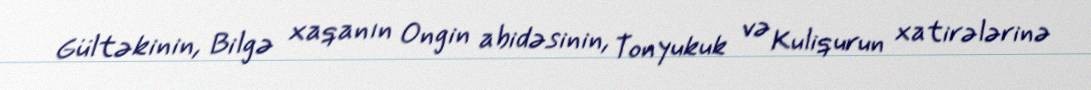
Gültəkinin, Bilgə xaqanın Ongin abidəsinin, Tonyukuk və Kuliqurun xatirələrinə